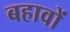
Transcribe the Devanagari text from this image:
बहावों